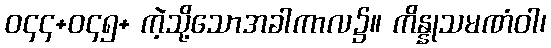
ဝ၄၄+ဝ၄၅+ ကဲ့သို့သောအခါကာလ၌။ ကိန္နုသမဏံဝါ၊